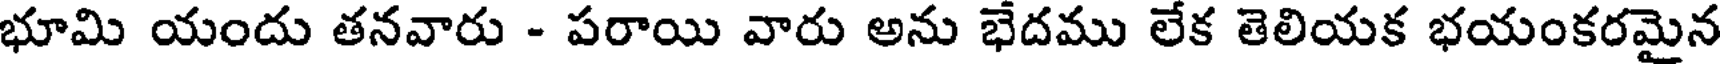
భూమి యందు తనవారు - పరాయి వారు అను భేదము లేక తెలియక భయంకరమైన